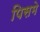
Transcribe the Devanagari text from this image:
पिसमे